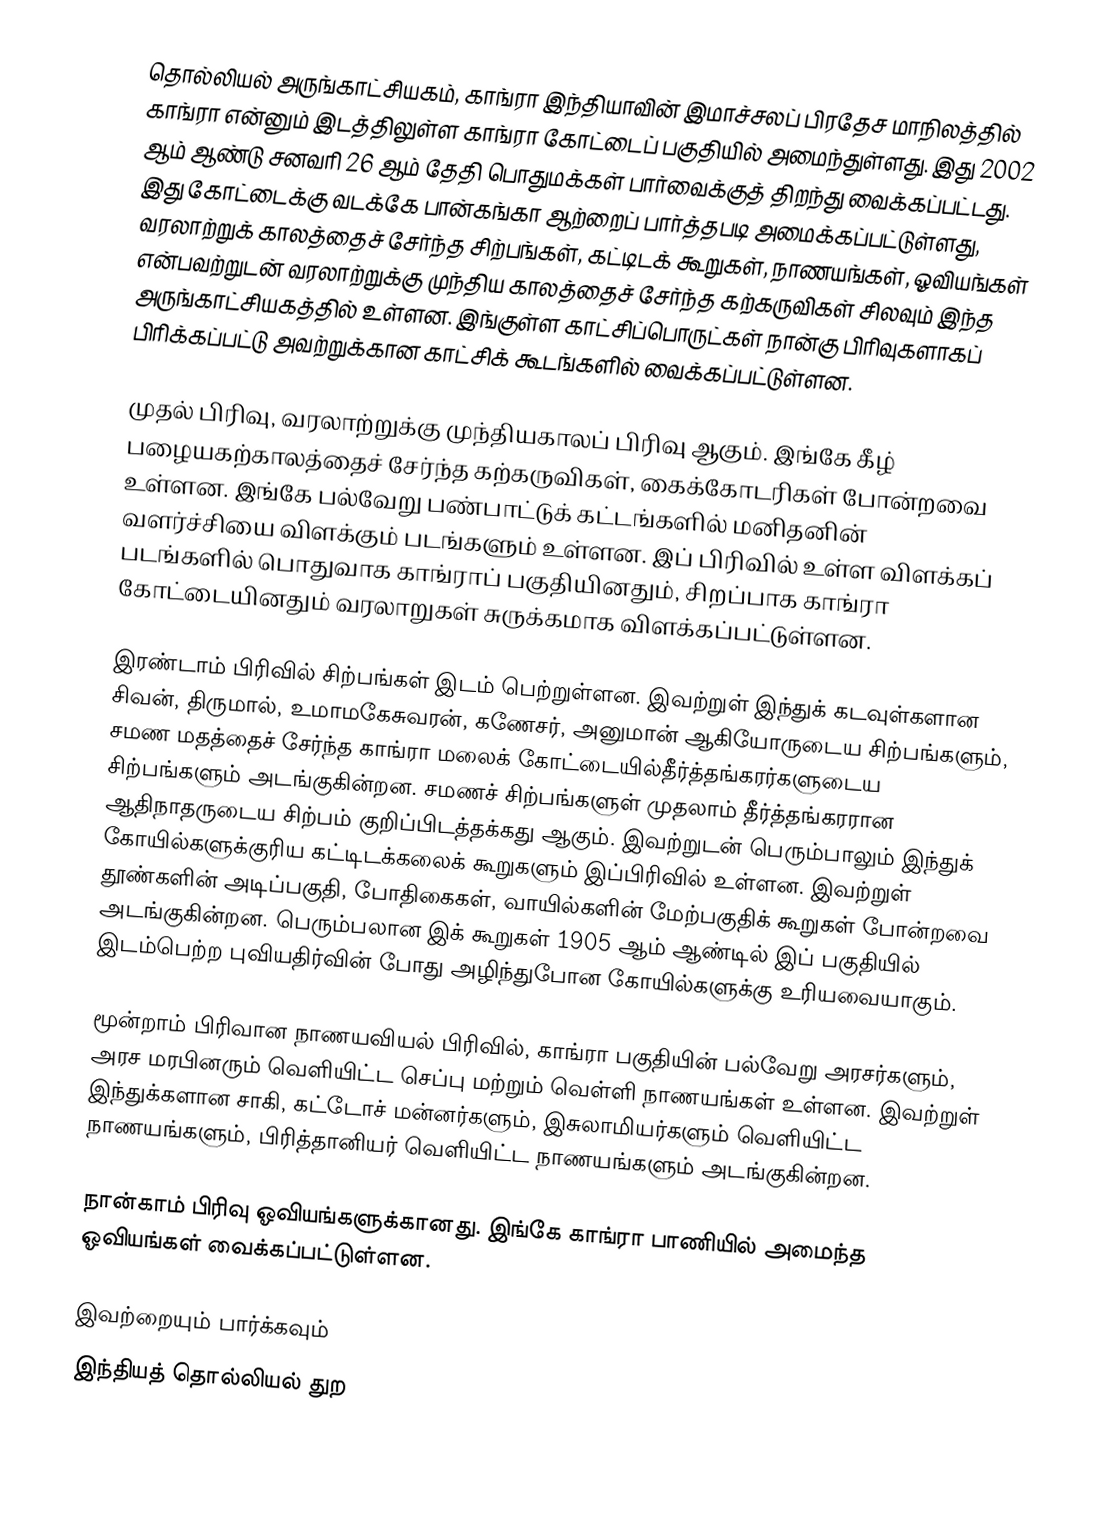
தொல்லியல் அருங்காட்சியகம், காங்ரா இந்தியாவின் இமாச்சலப் பிரதேச மாநிலத்தில் காங்ரா என்னும் இடத்திலுள்ள காங்ரா கோட்டைப் பகுதியில் அமைந்துள்ளது. இது 2002 ஆம் ஆண்டு சனவரி 26 ஆம் தேதி பொதுமக்கள் பார்வைக்குத் திறந்து வைக்கப்பட்டது. இது கோட்டைக்கு வடக்கே பான்கங்கா ஆற்றைப் பார்த்தபடி அமைக்கப்பட்டுள்ளது, வரலாற்றுக் காலத்தைச் சேர்ந்த சிற்பங்கள், கட்டிடக் கூறுகள், நாணயங்கள், ஓவியங்கள் என்பவற்றுடன் வரலாற்றுக்கு முந்திய காலத்தைச் சேர்ந்த கற்கருவிகள் சிலவும் இந்த அருங்காட்சியகத்தில் உள்ளன. இங்குள்ள காட்சிப்பொருட்கள் நான்கு பிரிவுகளாகப் பிரிக்கப்பட்டு அவற்றுக்கான காட்சிக் கூடங்களில் வைக்கப்பட்டுள்ளன.

முதல் பிரிவு, வரலாற்றுக்கு முந்தியகாலப் பிரிவு ஆகும். இங்கே கீழ் பழையகற்காலத்தைச் சேர்ந்த கற்கருவிகள், கைக்கோடரிகள் போன்றவை உள்ளன. இங்கே பல்வேறு பண்பாட்டுக் கட்டங்களில் மனிதனின் வளர்ச்சியை விளக்கும் படங்களும் உள்ளன. இப் பிரிவில் உள்ள விளக்கப் படங்களில் பொதுவாக காங்ராப் பகுதியினதும், சிறப்பாக காங்ரா கோட்டையினதும் வரலாறுகள் சுருக்கமாக விளக்கப்பட்டுள்ளன.

இரண்டாம் பிரிவில் சிற்பங்கள் இடம் பெற்றுள்ளன. இவற்றுள் இந்துக் கடவுள்களான சிவன், திருமால், உமாமகேசுவரன், கணேசர், அனுமான் ஆகியோருடைய சிற்பங்களும், சமண மதத்தைச் சேர்ந்த காங்ரா மலைக் கோட்டையில்தீர்த்தங்கரர்களுடைய சிற்பங்களும் அடங்குகின்றன. சமணச் சிற்பங்களுள் முதலாம் தீர்த்தங்கரரான ஆதிநாதருடைய சிற்பம் குறிப்பிடத்தக்கது ஆகும். இவற்றுடன் பெரும்பாலும் இந்துக் கோயில்களுக்குரிய கட்டிடக்கலைக் கூறுகளும் இப்பிரிவில் உள்ளன. இவற்றுள் தூண்களின் அடிப்பகுதி, போதிகைகள், வாயில்களின் மேற்பகுதிக் கூறுகள் போன்றவை அடங்குகின்றன. பெரும்பலான இக் கூறுகள் 1905 ஆம் ஆண்டில் இப் பகுதியில் இடம்பெற்ற புவியதிர்வின் போது அழிந்துபோன கோயில்களுக்கு உரியவையாகும்.

மூன்றாம் பிரிவான நாணயவியல் பிரிவில், காங்ரா பகுதியின் பல்வேறு அரசர்களும், அரச மரபினரும் வெளியிட்ட செப்பு மற்றும் வெள்ளி நாணயங்கள் உள்ளன. இவற்றுள் இந்துக்களான சாகி, கட்டோச் மன்னர்களும், இசுலாமியர்களும் வெளியிட்ட நாணயங்களும், பிரித்தானியர் வெளியிட்ட நாணயங்களும் அடங்குகின்றன.

நான்காம் பிரிவு ஓவியங்களுக்கானது. இங்கே காங்ரா பாணியில் அமைந்த ஓவியங்கள் வைக்கப்பட்டுள்ளன.

இவற்றையும் பார்க்கவும்
 இந்தியத் தொல்லியல் துற